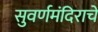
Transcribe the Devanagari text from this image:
सुवर्णमंदिराचे